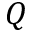
Q